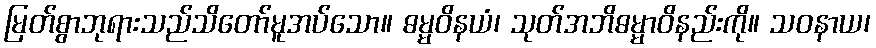
မြတ်စွာဘုရားသည်သိတော်မူအပ်သော။ ဓမ္မဝိနယံ၊ သုတ်အဘိဓမ္မာဝိနည်းကို။ သဝနာယ၊